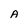
Character: A